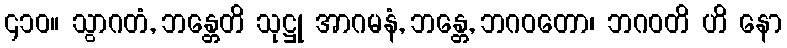
၄၁၀။ သွာဂတံ, ဘန္တေတိ သုဋ္ဌု အာဂမနံ, ဘန္တေ, ဘဂဝတော၊ ဘဂဝတိ ဟိ နော